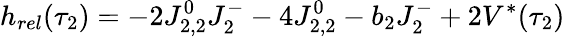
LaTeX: h_{rel}(\tau_{2})=-2J_{2,2}^{0}J_{2}^{-}-4J_{2,2}^{0}-b_{2}J_{2}^{-}+2V^{*}(\tau_{2})